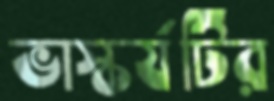
ভাস্কর্যটির